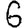
Digit: 6